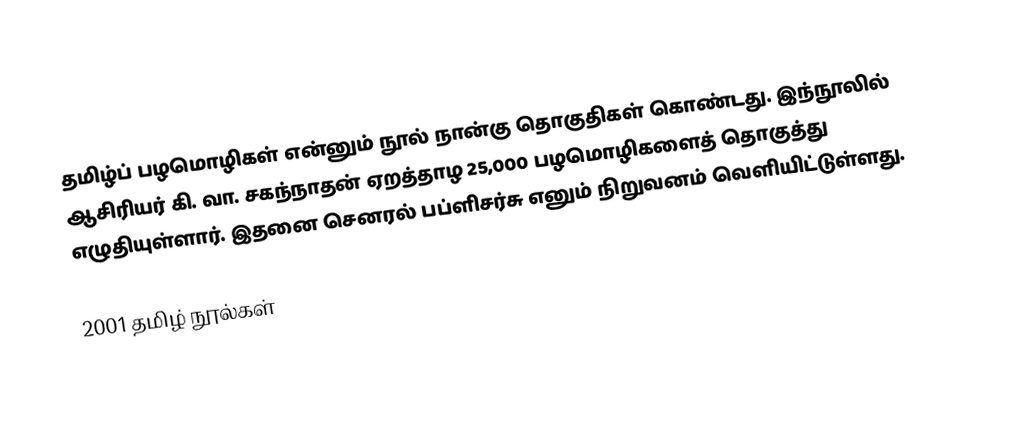
தமிழ்ப் பழமொழிகள் என்னும் நூல் நான்கு தொகுதிகள் கொண்டது. இந்நூலில் ஆசிரியர் கி. வா. சகந்நாதன் ஏறத்தாழ 25,000 பழமொழிகளைத் தொகுத்து எழுதியுள்ளார். இதனை செனரல் பப்ளிசர்சு எனும் நிறுவனம் வெளியிட்டுள்ளது.

2001 தமிழ் நூல்கள்